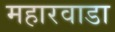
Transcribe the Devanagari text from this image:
महारवाडा